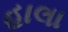
હાલા